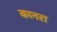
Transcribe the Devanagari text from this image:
कानरा